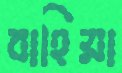
বাহিয়া